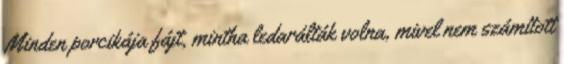
Minden porcikája fájt, mintha ledarálták volna, mivel nem számított